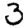
Digit: 3